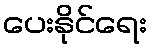
ပေးနိုင်ရေး